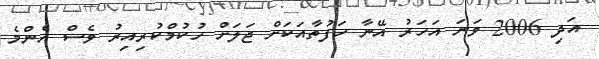
އަދި 2006 ވަނަ އަހަރު އޭނާ ހަފުތާއަކަށް ޖަލަށް ހުކުމްކުރިއިރު ވެސް އެންމެ